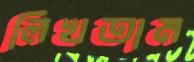
লিখতাম